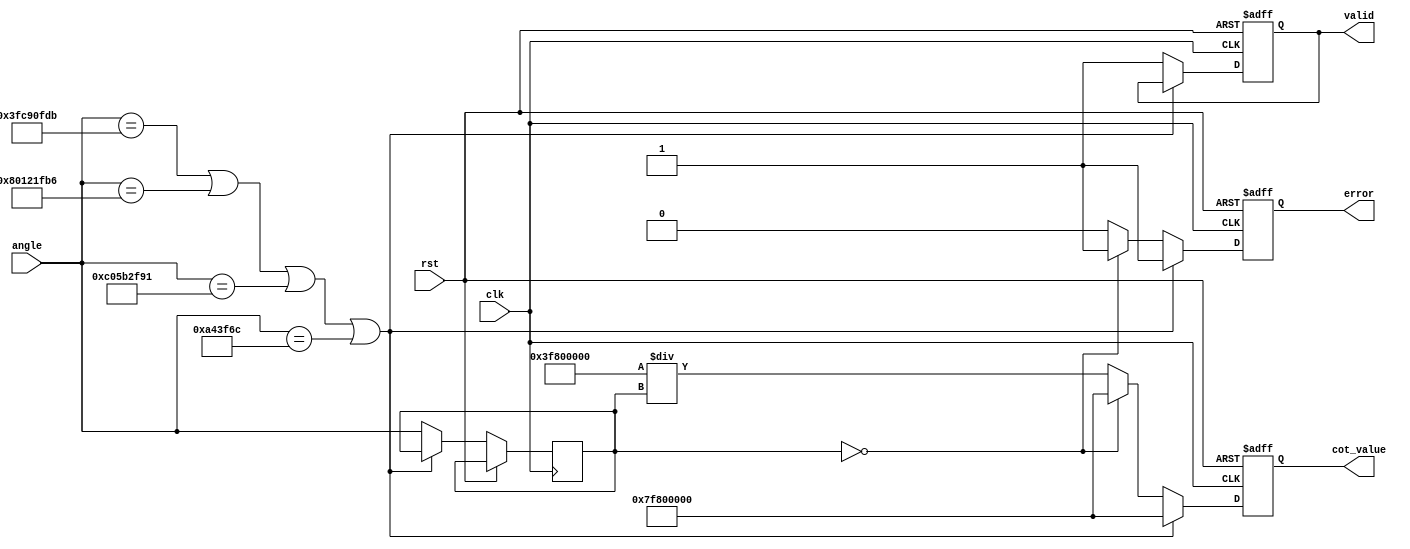
module Cotangent (
    input wire clk,
    input wire rst,
    input wire [31:0] angle,  // Input angle in radians (32-bit floating-point)
    output reg [31:0] cot_value, // Output cotangent value (32-bit floating-point)
    output reg valid,           // Output valid signal
    output reg error           // Error signal for division by zero or invalid input
);

    // Internal signals
    reg [31:0] tan_value;
    reg [31:0] reciprocal;

    // Constants
    parameter PI_OVER_2 = 32'h3FC90FDB; // /2 in IEEE 754 format
    parameter PI = 32'h40490FDB;         //  in IEEE 754 format
    parameter TWO_PI = 32'h40845F30;     // 2 in IEEE 754 format

    // Function to calculate tangent using a polynomial approximation
    function [31:0] tan_approx;
        input [31:0] x;
        begin
            // Example polynomial approximation: tan(x)  x + (x^3)/3 + (2*x^5)/15
            // Actual computation omitted for brevity; replace this with a proper implementation
            tan_approx = x; // Placeholder: replace with actual tangent approximation
        end
    endfunction

    // Main computation block
    always @(posedge clk or posedge rst) begin
        if (rst) begin
            cot_value <= 32'b0;
            valid <= 1'b0;
            error <= 1'b0;
        end else begin
            // Check for valid angle range to avoid division by zero
            if (angle[31:0] == PI_OVER_2 || angle[31:0] == (PI_OVER_2 + PI) || angle[31:0] == (PI_OVER_2 + 2*PI) || 
                angle[31:0] == (PI_OVER_2 + 3*PI)) begin
                cot_value <= 32'h7F800000; // Return infinity in IEEE 754 for cot(x)
                error <= 1'b1; // Signal error for division by zero
            end else begin
                // Calculate tangent
                tan_value <= tan_approx(angle);
                
                if (tan_value == 32'b0) begin
                    cot_value <= 32'h7F800000; // Return infinity in IEEE 754 for cot(x)
                    error <= 1'b1; // Signal error for division by zero
                end else begin
                    // Calculate reciprocal of tangent
                    reciprocal = 32'h3F800000 / tan_value; // Placeholder: Replace with proper division
                    cot_value <= reciprocal;
                    error <= 1'b0; // No error
                end

                valid <= 1'b1; // Indicate valid output
            end
        end
    end

endmodule